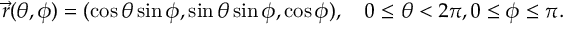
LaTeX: { \vec { r } } ( \theta , \phi ) = ( \cos \theta \sin \phi , \sin \theta \sin \phi , \cos \phi ) , \quad 0 \leq \theta < 2 \pi , 0 \leq \phi \leq \pi .